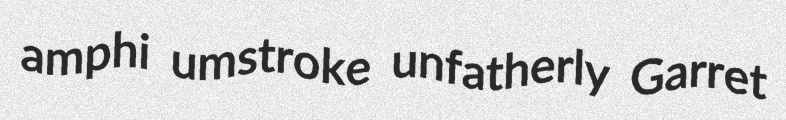
amphi umstroke unfatherly Garret